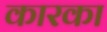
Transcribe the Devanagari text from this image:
कारका